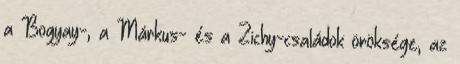
a Bogyay-, a Márkus- és a Zichy-családok öröksége, az